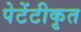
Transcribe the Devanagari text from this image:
पेटेंटीकृत